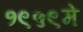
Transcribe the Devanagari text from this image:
१९५९मे